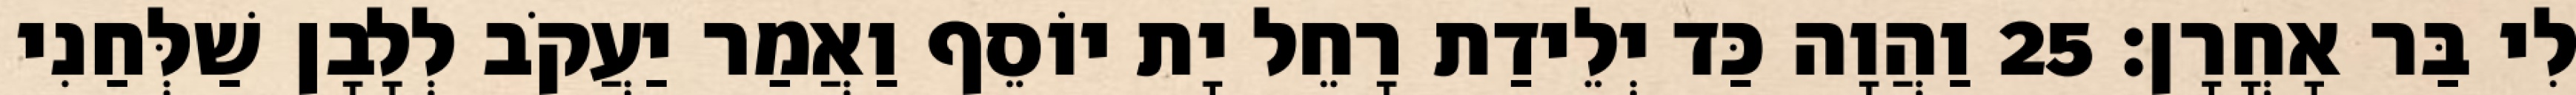
לִי בַּר אָחֳרָן׃ 25 וַהֲוָה כַּד יְלֵידַת רָחֵל יָת יוֹסֵף וַאֲמַר יַעֲקֹב לְלָבָן שַׁלְּחַנִי